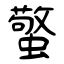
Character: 蟼